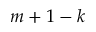
m + 1 - k